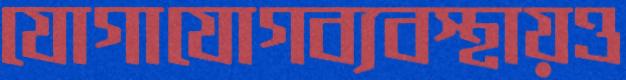
যোগাযোগব্যবস্থায়ও